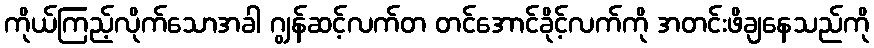
ကိုယ်ကြည့်လိုက်သောအခါ ဂျွန်ဆင့်လက်တ တင်အောင်ခိုင့်လက်ကို အတင်းဖိချနေသည်ကို